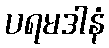
ပရမဒါနံ